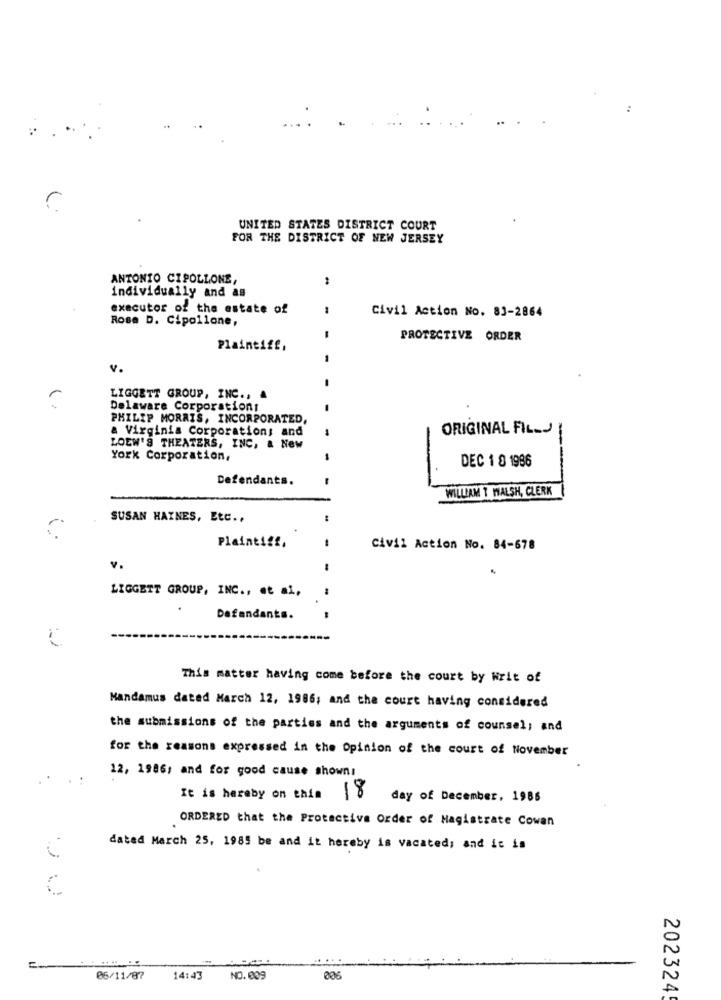
UNITED STATES DISTRICT COURT
FOR THE DISTRICT OF NEW JERSEY
ANTONIO CIPOLLONE,
individually and as
executor of the estate of
Civil Action No. 83-2864
Rose D. Cipollone,
PROTECTIVE ORDER
Plaintiff,
v.
LIGGETT GROUP, INC ., A
Delaware Corporations
PHILIP MORRIS, INCORPORATED,
a Virginia Corporations and
ORIGINAL FILLJ
LOEW'S THEATERS, INC, & New
York Corporation,
DEC 1 0 1986
Defendants.
WILLIAM T WALSH, CLERK
SUSAN HAINES, Etc ..
Plaintiff,
Civil Action No. 84-678
v.
LIGGETT GROUP, INC ., et al,
Defendants.
This matter having come before the court by Writ of
Mandamus dated March 12, 1986; and the court having considered
the submissions of the parties and the arguments of counsel; and
for the reasons expressed in the Opinion of the court of November
12, 1986; and for good cause shown:
It is hereby on enin [8
day of December, 1985
ORDERED that the Protective Order of Magistrate Cowan
dated March 25, 1985 be and it hereby is vacated; and it is
N
06/11/87
14:43
NO.009
A
202324